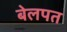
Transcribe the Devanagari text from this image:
बेलपत